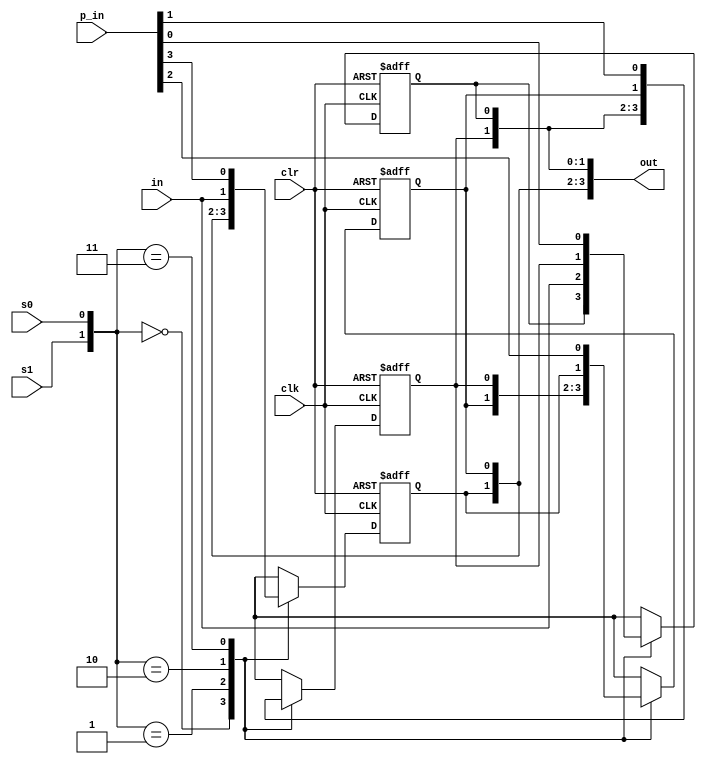

module universal_shift_register(in,p_in,s1,s0,clk,clr,out);
input in,clk,clr,s1,s0;
input [3:0] p_in; //parallel input
output [3:0] out;
  reg q0,q1,q2,q3;

always@(posedge clk or posedge clr)
begin

if(clr)
begin
q3<=0;
q2<=0;
q1<=0;
q0<=0;
end

else 
begin
case({s1,s0})
2'b00 : begin q0<=q0; q1<=q1; q2<=q2; q3<=q3; end //No changes 
2'b01 : begin q0<=in; q1<=q0; q2<=q1; q3<=q2; end //Right Shift
2'b10 : begin q0<=q1; q1<=q2; q2<=q3; q3<=in; end //Left Shift
2'b11 : begin q0<=p_in[0]; q1<=p_in[1]; q2<=p_in[2];q3<=p_in[3]; end //Parallel Load
endcase
end

end
assign out[0]=q0;
assign out[1]=q1;
assign out[2]=q2;
assign out[3]=q3;
endmodule